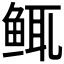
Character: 𫚚